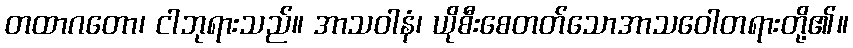
တထာဂတော၊ ငါဘုရားသည်။ အာသဝါနံ၊ ယိုစီးစေတတ်သောအာသဝေါတရားတို့၏။